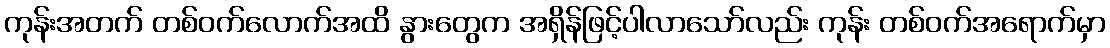
ကုန်းအတက် တစ်ဝက်လောက်အထိ နွားတွေက အရှိန်ဖြင့်ပါလာသော်လည်း ကုန်း တစ်ဝက်အရောက်မှာ